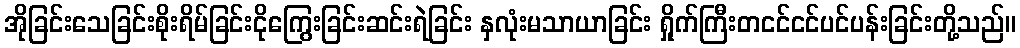
အိုခြင်းသေခြင်းစိုးရိမ်ခြင်းငိုကြွေးခြင်းဆင်းရဲခြင်း နှလုံးမသာယာခြင်း ရှိုက်ကြီးတငင်ငင်ပင်ပန်းခြင်းတို့သည်။